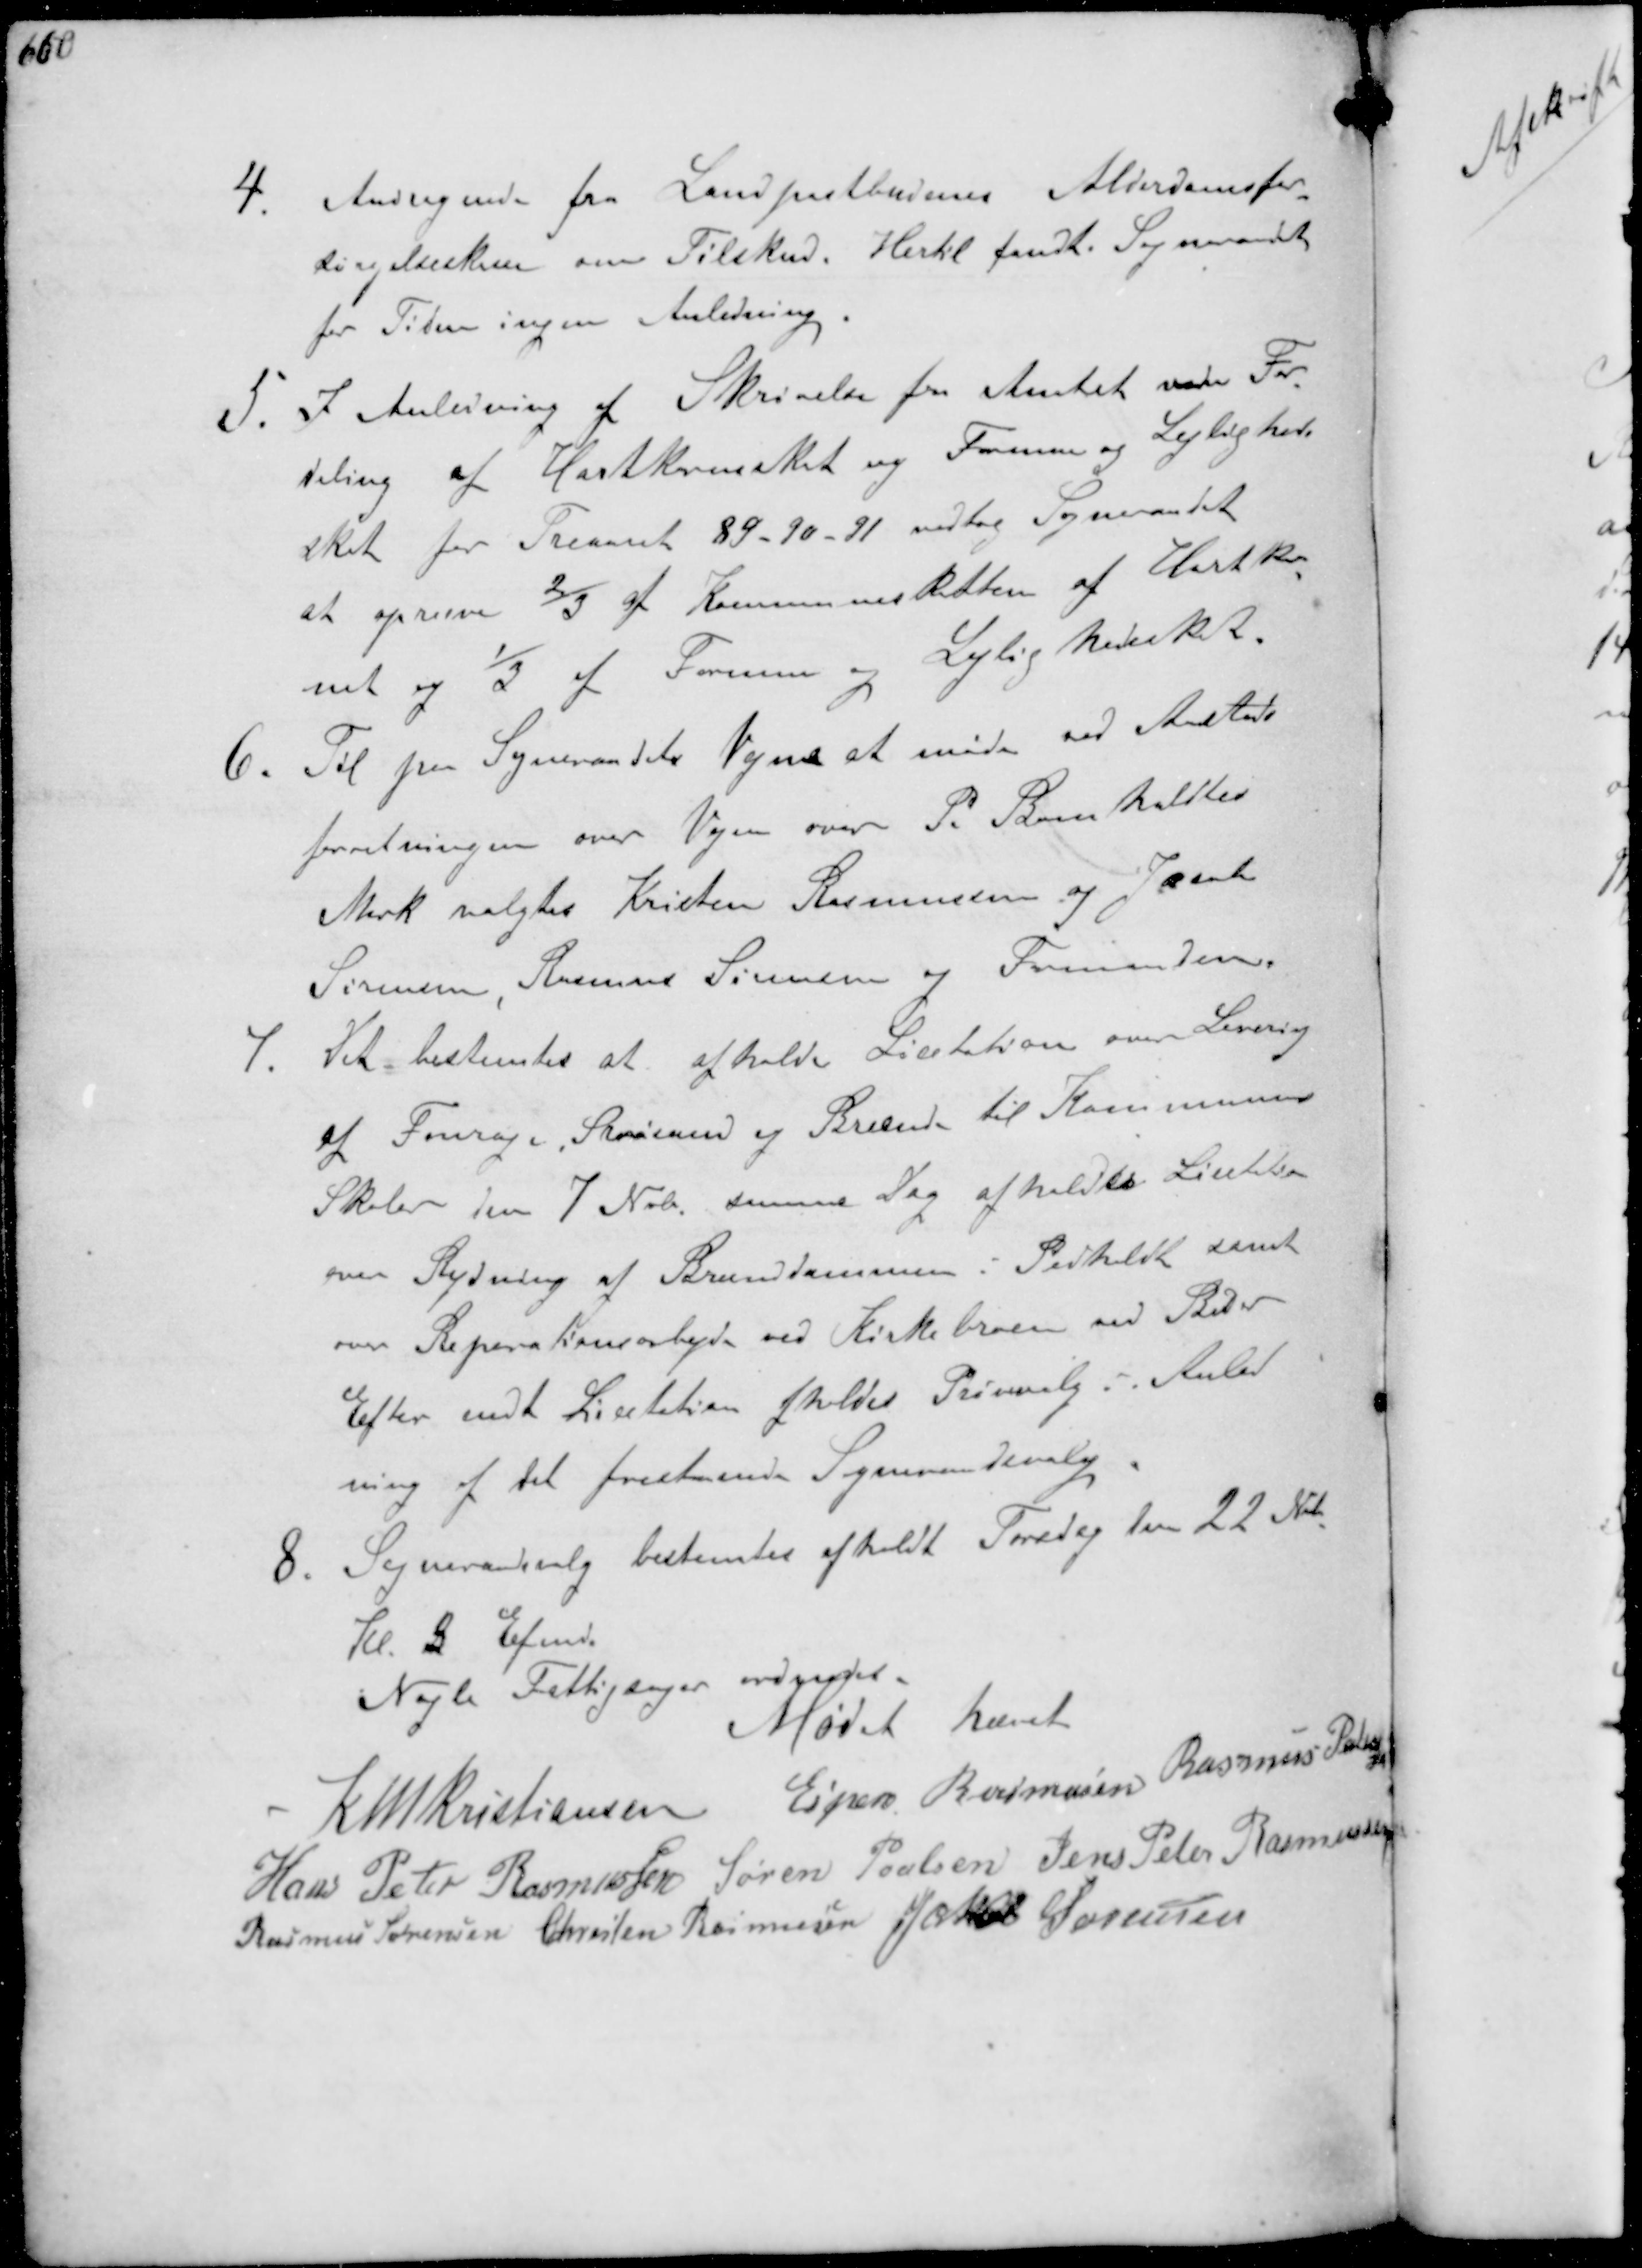
Transskription:
4. Andragende fra Landpostbudenes Alderdomsfor-
forsørgelseskasse om Tilskud. Hertil fandt Sogneraadet
for Tiden ingen Anledning.
1. I Anledning af Skrivelse fra Amtet vedr. For-
deling af Hartkornsskat og Formue og Lejligheds-
skat for Treaaret 89-90-91 vedtog Sogneraadet
at opræve 2/3 at Kommuneskatten af Hartkor-
net og 1/3 af Formue og Lejlighedskat
6. Til paa Sogneraadets Vegne at møde ved Aasteds-
forretningen over Vejen over P. Bomholdtes
Mark valgtes Kristen Rasmussen og Jacob
Sørensen, Rasmus Sørensen og Formanden.
7. Det bestemtes at afholde Licitation over Levering
af Fourage, Strøsand og Brænde til Kommunens
Skoler den 7 Nobr. samme Dag afholdtes Licita-
over Rydning af Branddammen i Pedholdt, samt
over Reparationsarbejde ved Kirkebroen ved Beder
Efter endt Licitation afholdes Prøvevalg i Anled-
ning af det forestående Sogneraadsvalg
8. Sogneraadsvalg bestemtes afholdt Torsdag den 22 Nvbr
Kl. 5 Efmd.
Nogle Fattigsager ordnedes
Mødet hævet
K N M Kristiansen Espen Rasmussen Rasmus Pedersen
Hans Peter Rasmussen Søren Poulsen Jens Peter Rasmussen
Rasmus Sørensen Christen Rasmussen Jakob Sørensen